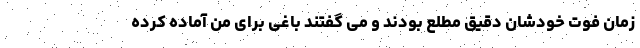
زمان فوت خودشان دقیق مطلع بودند و می گفتند باغی برای من آماده کرده